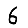
Digit: 6